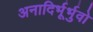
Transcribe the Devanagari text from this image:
अनादिर्भूर्भुवो